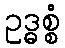
ဥဒ္ဓစ္စံ